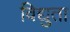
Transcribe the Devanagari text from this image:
विद्युता